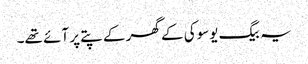
یہ بیگ یوسوکی کے گھر کے پتے پر آئے تھے۔